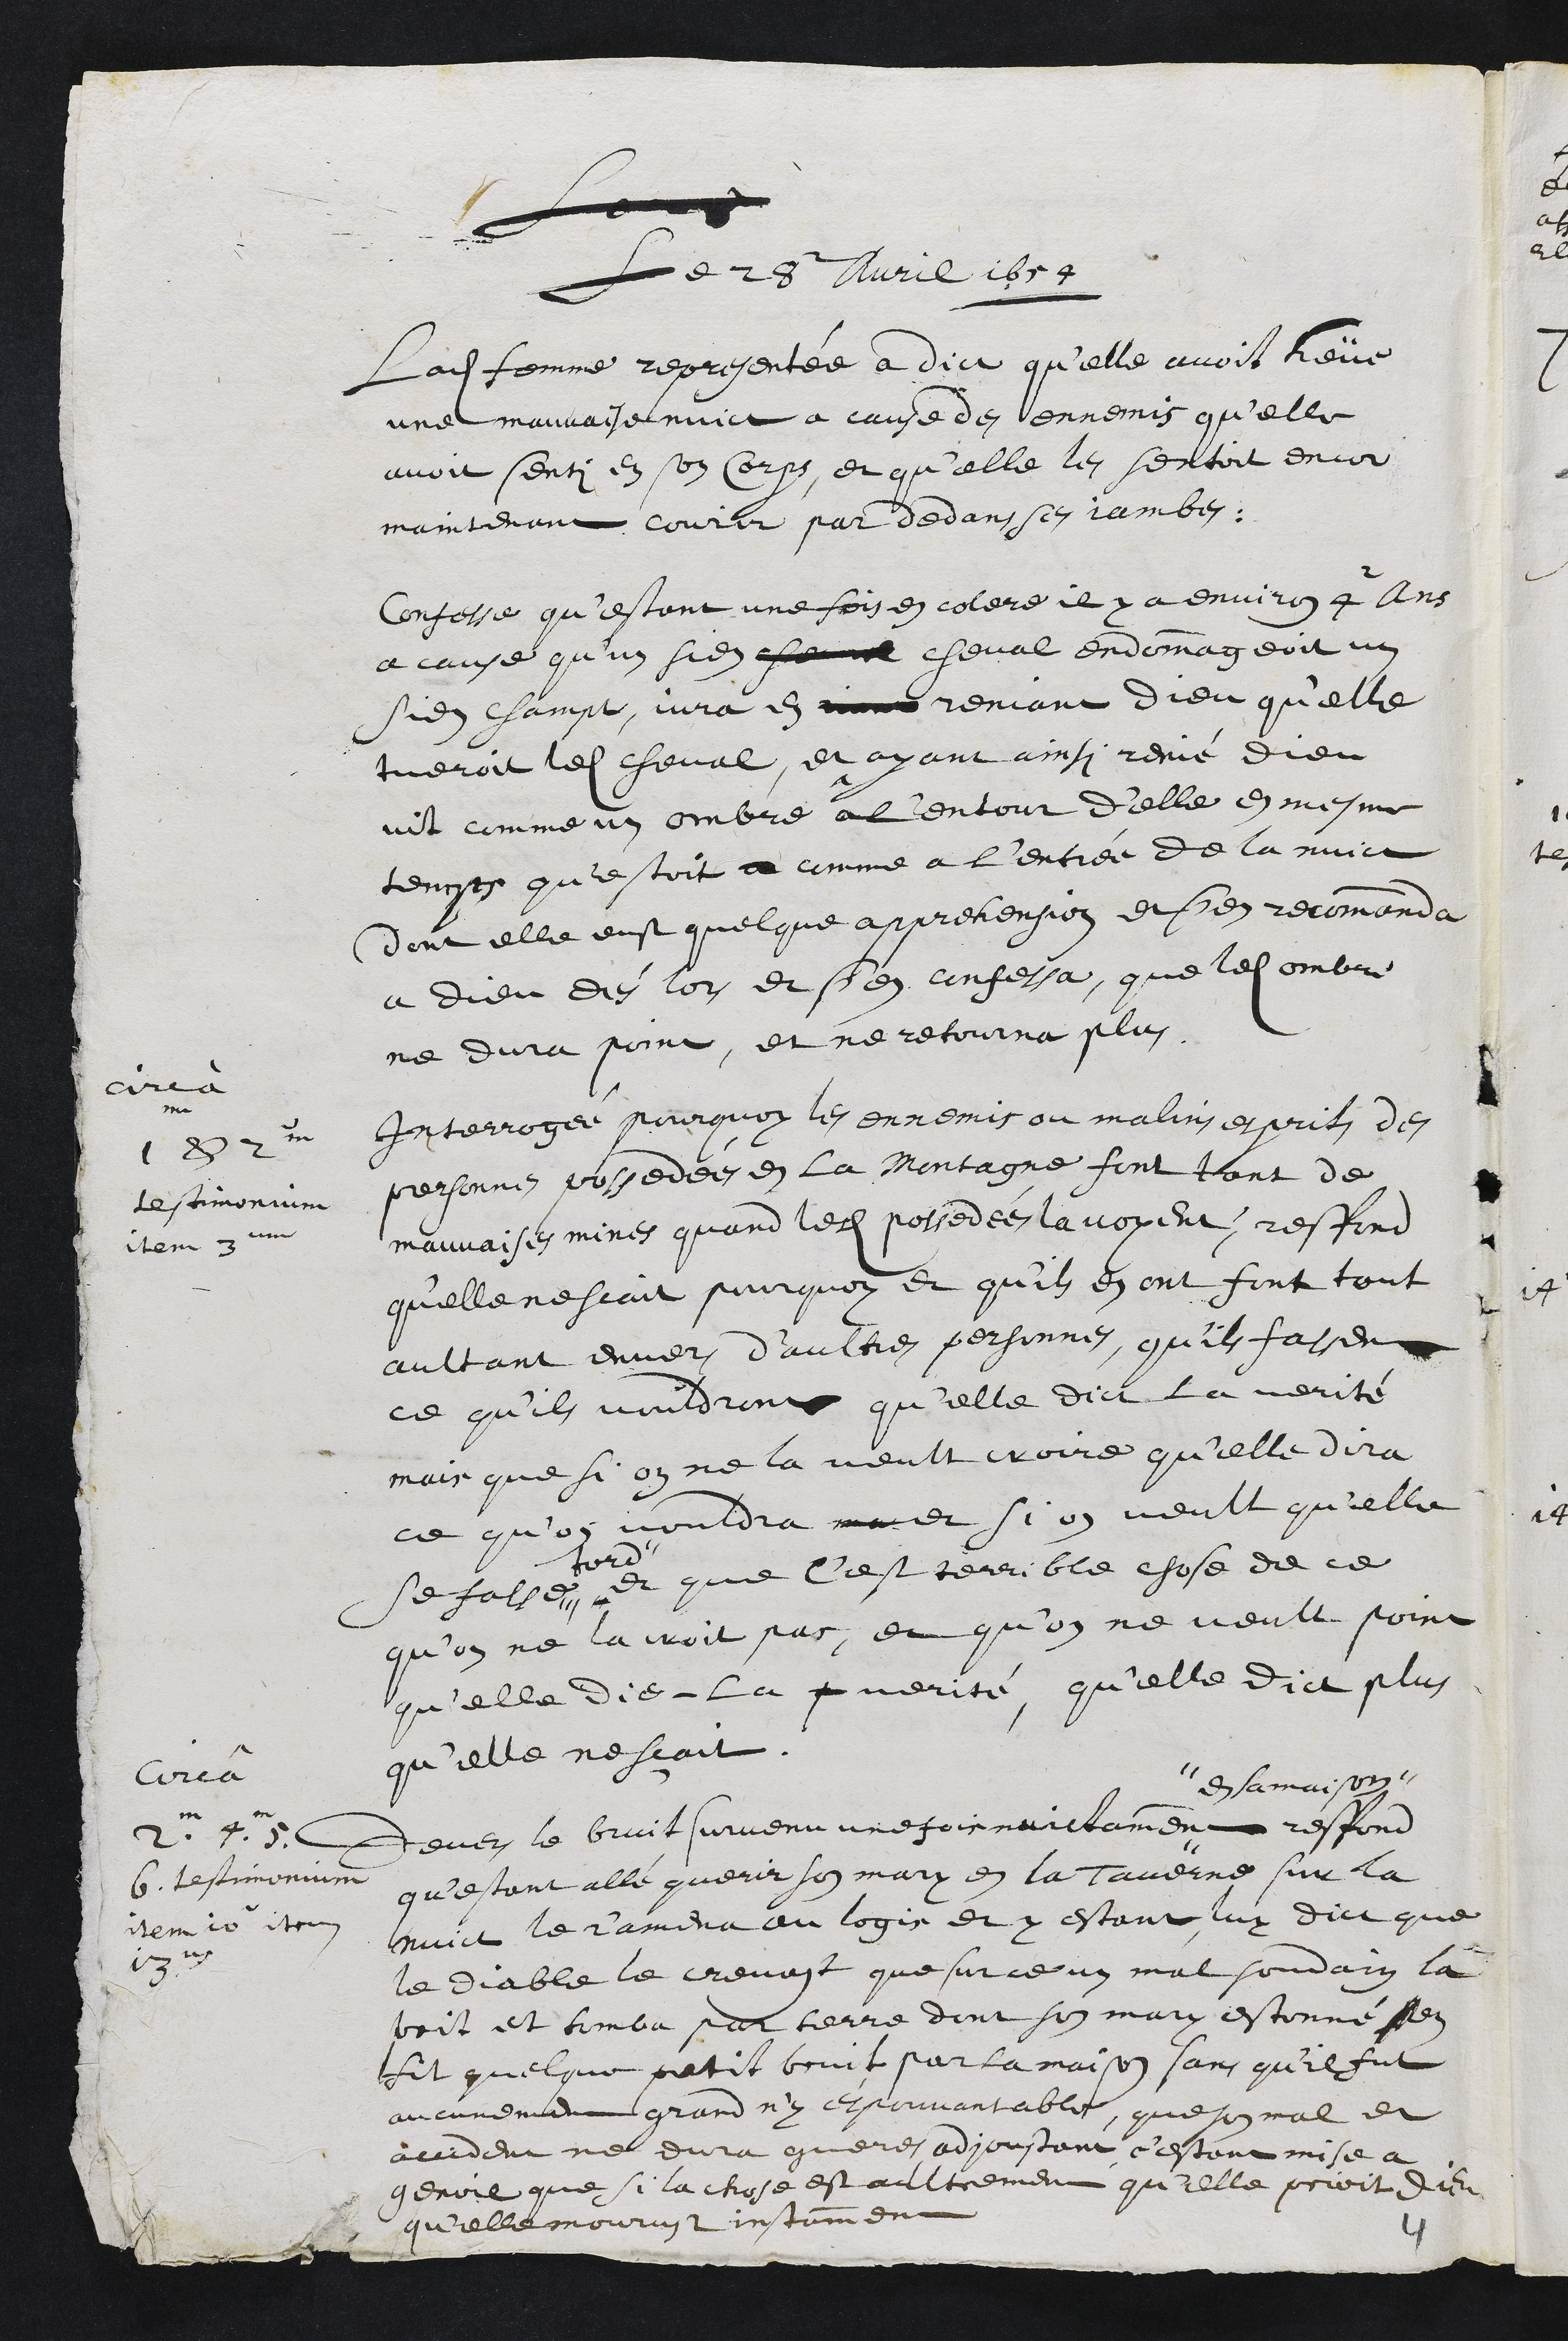
lon
Le 28 avril 1654
Ladite femme representée a dict qu’elle avoit heüe
une mauvaise nuict a cause des ennemis qu'elle
avoit senti en son corps, et qu'elle les sentoit encor
maintenant courir par dedans ses jambes,
Confesse qu’estant une fois en colere il y a environ 4 ans
a cause qu'un sien cheval cheval endommageoit un
sien champ, jura en mais reniant dieu qu'elle
tueroit ledit cheval, et ayant ainsi renié Dieu
vit comme un ombre a l'entour d'elle en mesme
temps qu'estoit a comme a l'entrée de la nuict
dont elle eust quelque apprehension et s'en recommanda
a Dieu dès lors et s'en confessa, que ledit ombre
ne dura point, et ne retourna plus
circa
1 & 2m
testimoniun
Item 3um
Interrogée pourquoy les ennemis ou malin esprits de
personne possedées en la Montagne font tant de
mauvaises mines quand lesdits possedées la voyent, respond
quelle ne scait pourquoy et qu'ils en ont font tout
aultant envers d’aultres personnes, qu'ils fassent
ce qu'ils voudront qu'elle dict la verité
mais que si on ne la veult croire qu'elle dira
ce qu'on vouldra mai et si on veult qu'elle
se fasse #
tord
et que c'est terrible chose de ce
qu’on ne la croit pas, et qu'on ne veult point
qu'elle die la p verité, qu'elle dict plus
qu'elle ne scait
Circa
2m 4m 5
6. testimonium
item 10 item
13m
Devers le bruit survenu une fois nuictamment
en sa maison
respond
qu’estant allé querir son mary en la taverne sur la
nuict le r'amena au logis et y estant luy dict que
le diable le crevast que sur ce un mal soudain la
prit et tomba par terre dont son mary estonné en
fit quelque petit bruit par la maison sans qu'il fut
aucunement grand n'y espouvantable, que son mal et
accident ne dura guere, adjoustant c'estant mise a
genoil que si la chose est aultrement qu'elle prioit dieu
qu'elle mourust instamment
4